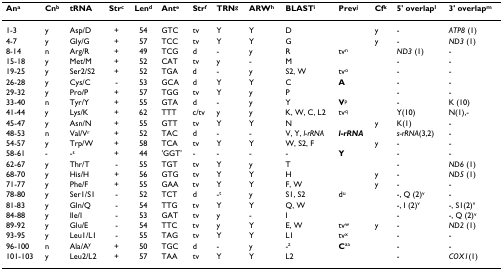
<table><thead><tr><td><b>An<sup>a</sup></b></td><td><b>Cn<sup>b</sup></b></td><td><b>tRNA</b></td><td><b>Str<sup>c</sup></b></td><td><b>Len<sup>d</sup></b></td><td><b>Ant<sup>e</sup></b></td><td><b>Str<sup>f</sup></b></td><td><b>TRN<sup>g</sup></b></td><td><b>ARW<sup>h</sup></b></td><td><b>BLAST<sup>i</sup></b></td><td><b>Prev<sup>j</sup></b></td><td><b>Cf<sup>k</sup></b></td><td><b>5&#x27; overlap<sup>l</sup></b></td><td><b>3&#x27; overlap<sup>m</sup></b></td></tr></thead><tbody><tr><td>1-3</td><td>y</td><td>Asp/D</td><td>+</td><td>54</td><td>GTC</td><td>tv</td><td>Y</td><td>Y</td><td>D</td><td></td><td>y</td><td>-</td><td><i>ATP8 </i>(1)</td></tr><tr><td>4-7</td><td>y</td><td>Gly/G</td><td>+</td><td>57</td><td>TCC</td><td>tv</td><td>Y</td><td>Y</td><td>G</td><td></td><td>y</td><td>-</td><td><i>ND3 </i>(1)</td></tr><tr><td>8-14</td><td>n</td><td>Arg/R</td><td>+</td><td>49</td><td>TCG</td><td>d</td><td>-</td><td>y</td><td>R</td><td>tv<sup>n</sup></td><td></td><td><i>ND3 </i>(1)</td><td>-</td></tr><tr><td>15-18</td><td>y</td><td>Met/M</td><td>+</td><td>52</td><td>CAT</td><td>tv</td><td>y</td><td>-</td><td>M</td><td></td><td></td><td>-</td><td>-</td></tr><tr><td>19-25</td><td>y</td><td>Ser2/S2</td><td>+</td><td>52</td><td>TGA</td><td>d</td><td>-</td><td>y</td><td>S2, W</td><td>tv<sup>o</sup></td><td></td><td>-</td><td>-</td></tr><tr><td>26-28</td><td>y</td><td>Cys/C</td><td>-</td><td>53</td><td>GCA</td><td>d</td><td>Y</td><td>Y</td><td>C</td><td><b>A</b></td><td></td><td>-</td><td>-</td></tr><tr><td>29-32</td><td>y</td><td>Pro/P</td><td>+</td><td>57</td><td>TGG</td><td>tv</td><td>Y</td><td>y</td><td>P</td><td></td><td></td><td>-</td><td>-</td></tr><tr><td>33-40</td><td>n</td><td>Tyr/Y</td><td>+</td><td>55</td><td>GTA</td><td>d</td><td>-</td><td>y</td><td>Y</td><td><b>V</b><sup>p</sup></td><td></td><td>-</td><td>K (10)</td></tr><tr><td>41-44</td><td>y</td><td>Lys/K</td><td>+</td><td>62</td><td>TTT</td><td>c/tv</td><td>y</td><td>y</td><td>K, W, C, L2</td><td>tv<sup>q</sup></td><td></td><td>Y(10)</td><td>N(1),-</td></tr><tr><td>45-47</td><td>y</td><td>Asn/N</td><td>+</td><td>55</td><td>GTT</td><td>tv</td><td>Y</td><td>Y</td><td>N</td><td></td><td>y</td><td>K(1)</td><td>-</td></tr><tr><td>48-53</td><td>n</td><td>Val/V<sup>r</sup></td><td>+</td><td>52</td><td>TAC</td><td>d</td><td>-</td><td>-</td><td>V, Y, <i>l-rRNA</i></td><td><b><i>l-rRNA</i></b></td><td></td><td><i>s-rRNA</i>(3,2)</td><td>-</td></tr><tr><td>54-57</td><td>y</td><td>Trp/W</td><td>+</td><td>58</td><td>TCA</td><td>tv</td><td>Y</td><td>Y</td><td>W, S2, F</td><td></td><td>y</td><td>-</td><td>-</td></tr><tr><td>58-61</td><td>-</td><td>-<sup>s</sup></td><td>+</td><td>44</td><td>&#x27;GGT&#x27;</td><td>-</td><td>-</td><td>-</td><td>-</td><td><b>Y</b></td><td></td><td>-</td><td>-</td></tr><tr><td>62-67</td><td>y</td><td>Thr/T</td><td>-</td><td>55</td><td>TGT</td><td>tv</td><td>Y</td><td>y</td><td>T</td><td></td><td></td><td>-</td><td><i>ND6 </i>(1)</td></tr><tr><td>68-70</td><td>y</td><td>His/H</td><td>+</td><td>56</td><td>GTG</td><td>tv</td><td>Y</td><td>Y</td><td>H</td><td></td><td>y</td><td>-</td><td><i>ND5 </i>(1)</td></tr><tr><td>71-77</td><td>y</td><td>Phe/F</td><td>+</td><td>55</td><td>GAA</td><td>tv</td><td>Y</td><td>Y</td><td>F, W</td><td></td><td>y</td><td>-</td><td>-</td></tr><tr><td>78-80</td><td>y</td><td>Ser1/S1</td><td>-</td><td>52</td><td>TCT</td><td>d</td><td>-<sup>t</sup></td><td>y</td><td>S1, S2</td><td>d<sup>u</sup></td><td></td><td>-, Q (2)<sup>v</sup></td><td>-</td></tr><tr><td>81-83</td><td>y</td><td>Gln/Q</td><td>-</td><td>54</td><td>TTG</td><td>tv</td><td>Y</td><td>Y</td><td>Q, W</td><td></td><td></td><td>-, I (2)<sup>v</sup></td><td>-, S1(2)<sup>v</sup></td></tr><tr><td>84-88</td><td>y</td><td>Ile/I</td><td>-</td><td>53</td><td>GAT</td><td>tv</td><td>y</td><td>-</td><td>I</td><td></td><td></td><td>-</td><td>-, Q (2)<sup>v</sup></td></tr><tr><td>89-92</td><td>y</td><td>Glu/E</td><td>-</td><td>54</td><td>TTC</td><td>tv</td><td>y</td><td>Y</td><td>E, W</td><td>tv<sup>w</sup></td><td>y</td><td>-</td><td><i>ND2 </i>(1)</td></tr><tr><td>93-95</td><td>y</td><td>Leu1/L1</td><td>-</td><td>55</td><td>TAG</td><td>tv</td><td>Y</td><td>Y</td><td>L1</td><td>tv<sup>x</sup></td><td></td><td>-</td><td>-</td></tr><tr><td>96-100</td><td>n</td><td>Ala/A<sup>y</sup></td><td>+</td><td>50</td><td>TGC</td><td>d</td><td>-</td><td>y</td><td>-<sup>z</sup></td><td><b>C</b><sup>aa</sup></td><td></td><td>-</td><td>-</td></tr><tr><td>101-103</td><td>y</td><td>Leu2/L2</td><td>+</td><td>57</td><td>TAA</td><td>tv</td><td>Y</td><td>Y</td><td>L2</td><td></td><td></td><td>-</td><td><i>COX1</i>(1)</td></tr></tbody></table>